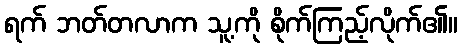
ရက် ဘတ်တလာက သူ့ကို စိုက်ကြည့်လိုက်၏။